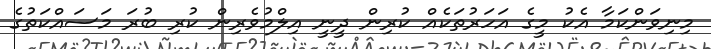
މިނިވަންކަމާ އެކު މީގެ އަހަރުތަކެއް ކުރިން ދީނީ އިލްމުވެރިން ކުރި ބުރަ މަސައްކަތުގެ